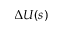
\Delta U ( s )